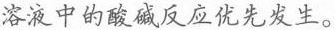
溶液中的酸碱反应优先发生。